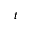
t